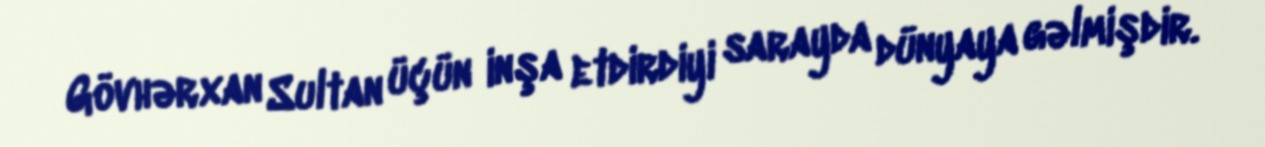
Gövhərxan Sultan üçün inşa etdirdiyi sarayda dünyaya gəlmişdir.